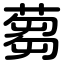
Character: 蒭